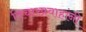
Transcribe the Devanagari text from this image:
विचारप्रवाहांनी